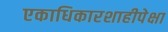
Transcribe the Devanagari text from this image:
एकाधिकारशाहीपेक्षा